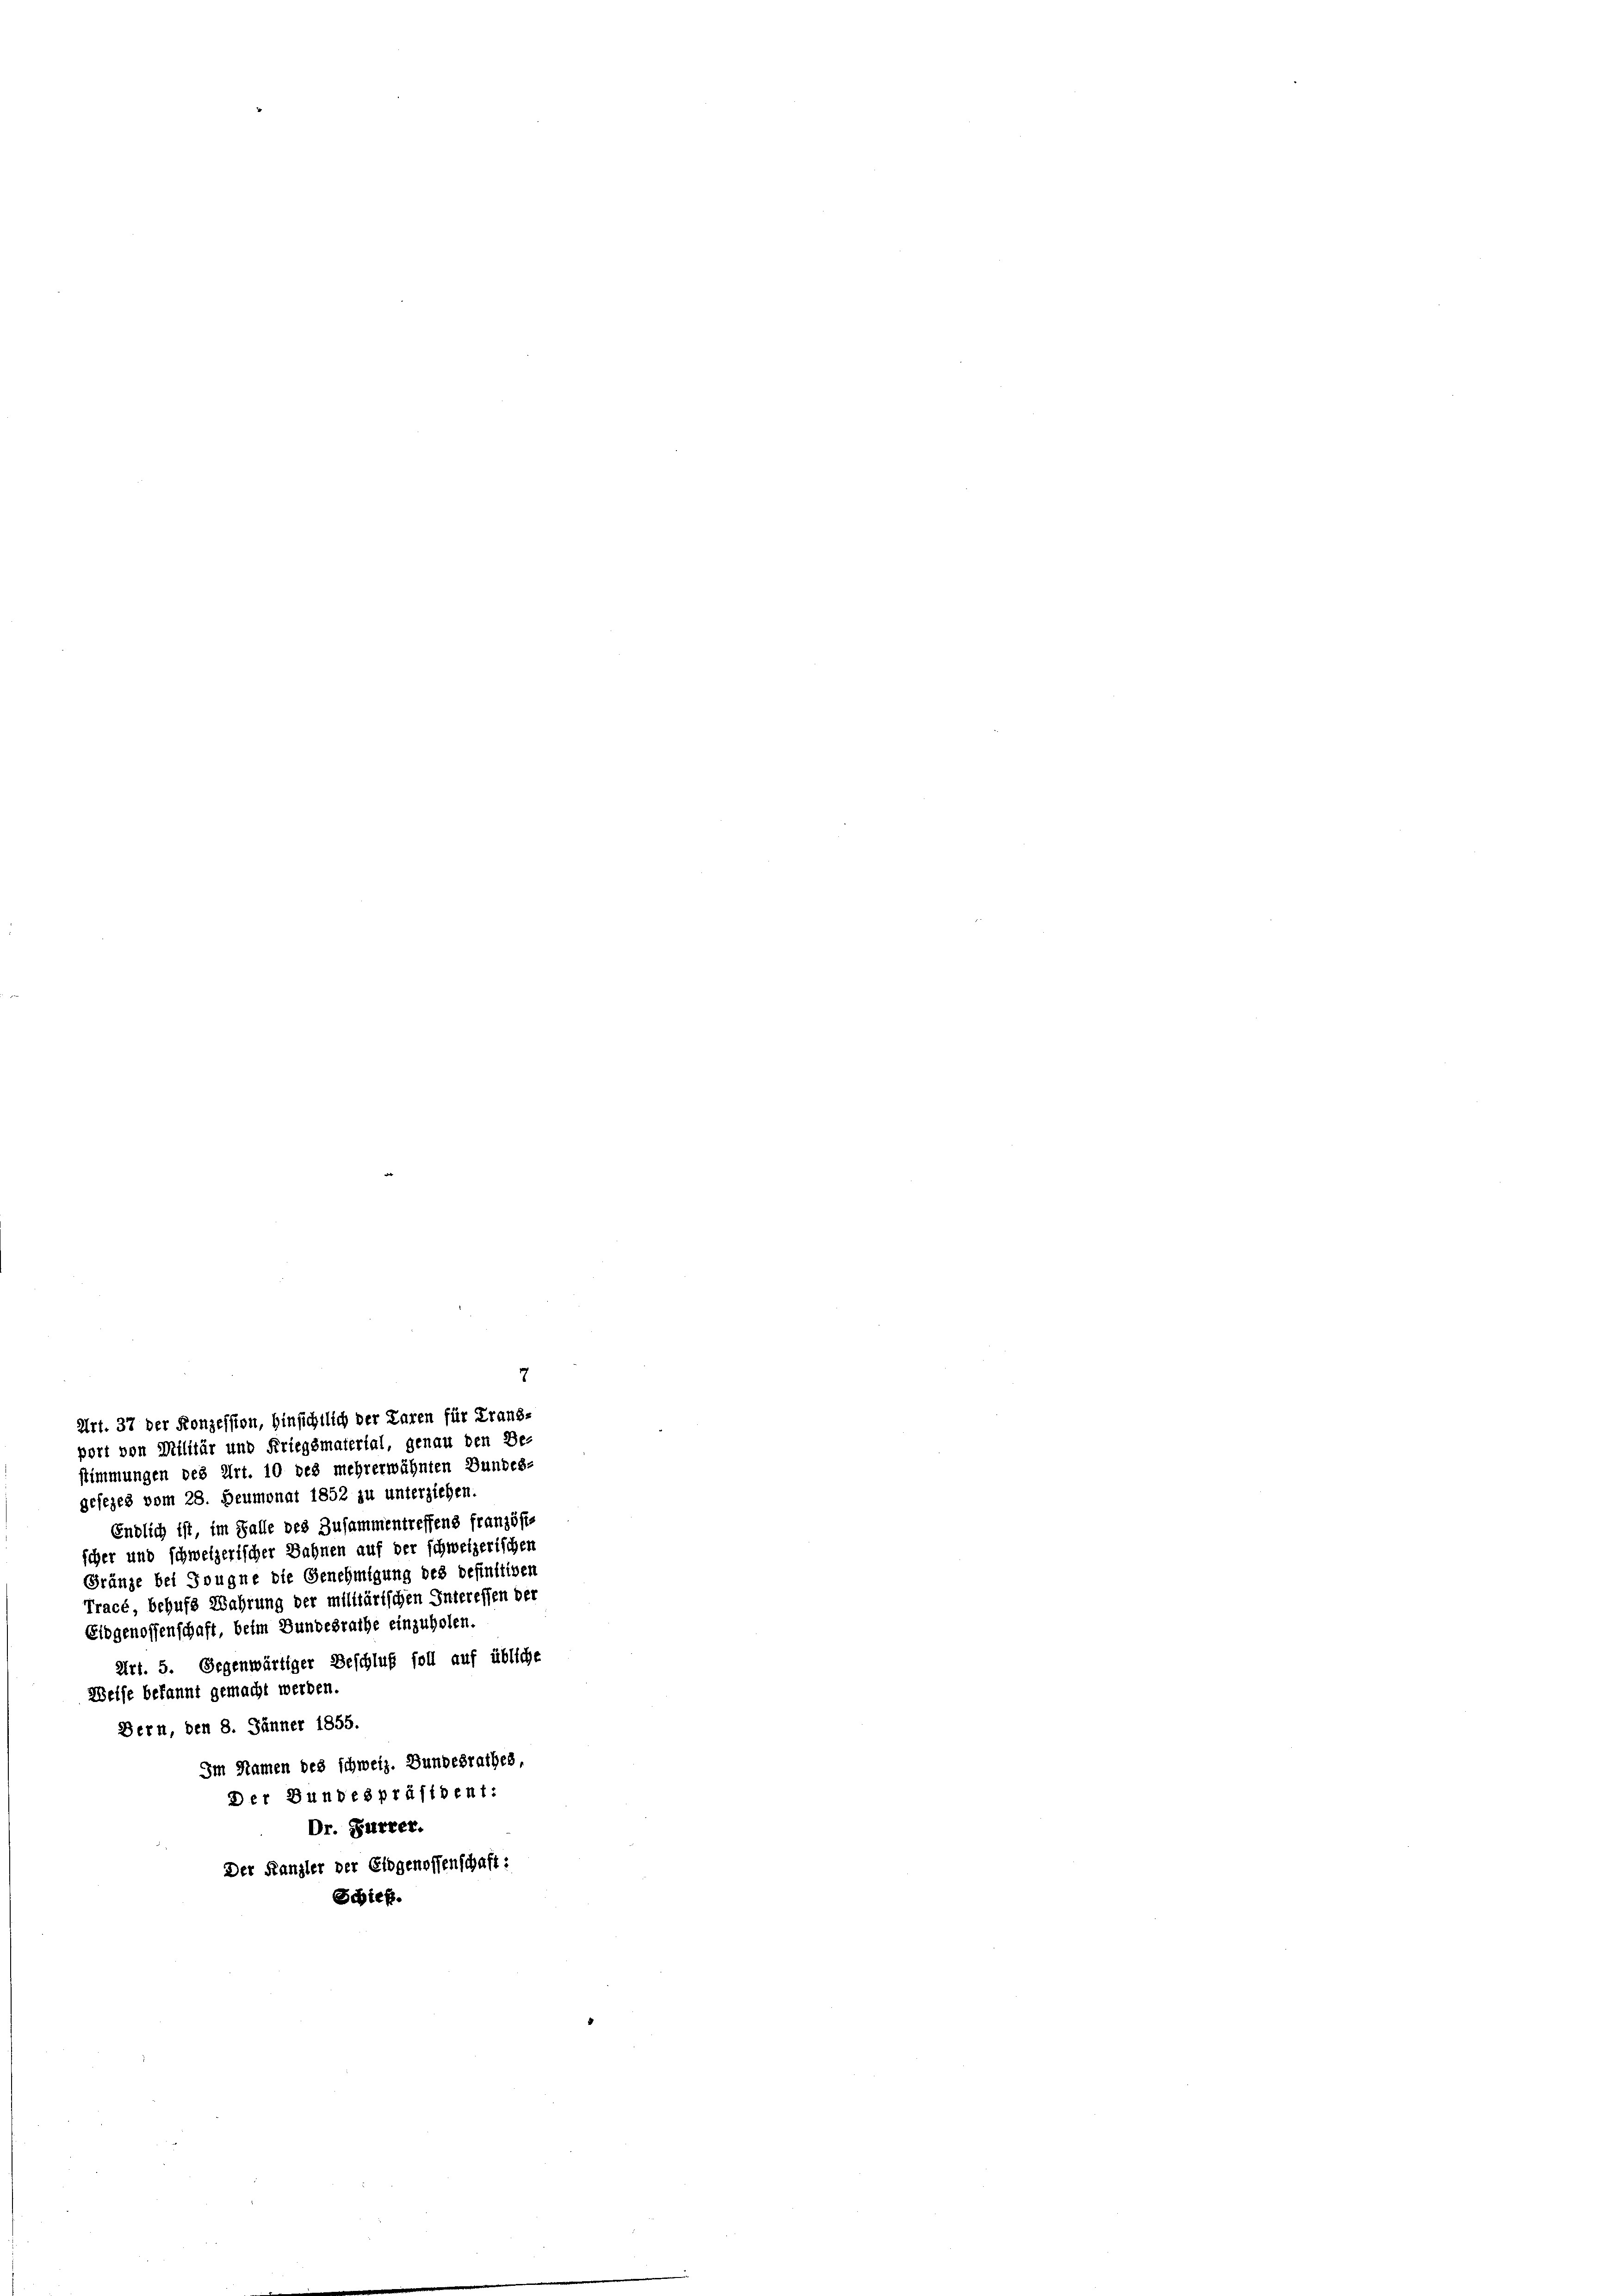
Art. 37 der Konzession, hinsichtlich der Paren für Franz-
port von Militär und Friegsmaterial, genau den De-
stimmungen des Art. 10 des mehrerwähnten Bundes-

gesezes vom 28. Heumonat 1852 zu unterziehen.
Endlich ist, im Falle des Zusammentreffens französis
icher und schweizerischer Sahnen auf der schweizerischen
Gränze bei Sougne die Genehmigung des befinitiven
Tracé, behufs Wahrung der militärischen Interessen der
Eidgenossenschaft, beim Bundesrathe einzuholen.
Art. 5. Gegenwärtiger Beschluß soll auf übliche
Welfe bekannt gemacht werden.
Dern, den 8. Jänner 1855.
Im Namen des schweiz. Bundesrathes,
Der Bundespräsident:
Dr. Furrer.
Der Kanzler der Eidgenossenschaft:
Schieh

7